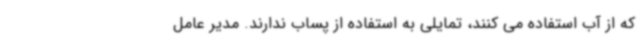
که از آب استفاده می کنند، تمایلی به استفاده از پساب ندارند. مدیر عامل